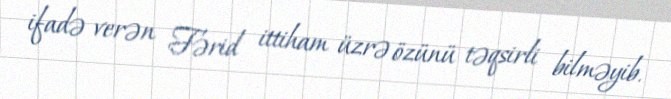
ifadə verən Fərid ittiham üzrə özünü təqsirli bilməyib.